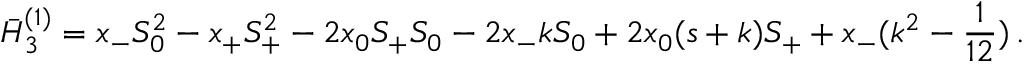
\bar { H } _ { 3 } ^ { ( 1 ) } = x _ { - } S _ { 0 } ^ { 2 } - x _ { + } S _ { + } ^ { 2 } - 2 x _ { 0 } S _ { + } S _ { 0 } - 2 x _ { - } k S _ { 0 } + 2 x _ { 0 } ( s + k ) S _ { + } + x _ { - } ( k ^ { 2 } - \frac { 1 } { 1 2 } ) \, .